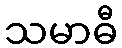
သမာဓီ